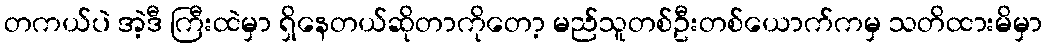
တကယ်ပဲ အဲ့ဒီ ကြီးထဲမှာ ရှိနေတယ်ဆိုတာကိုတော့ မည်သူတစ်ဦးတစ်ယောက်ကမှ သတိထားမိမှာ